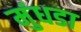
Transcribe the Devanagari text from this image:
मुंधडा